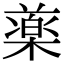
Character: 𣛙